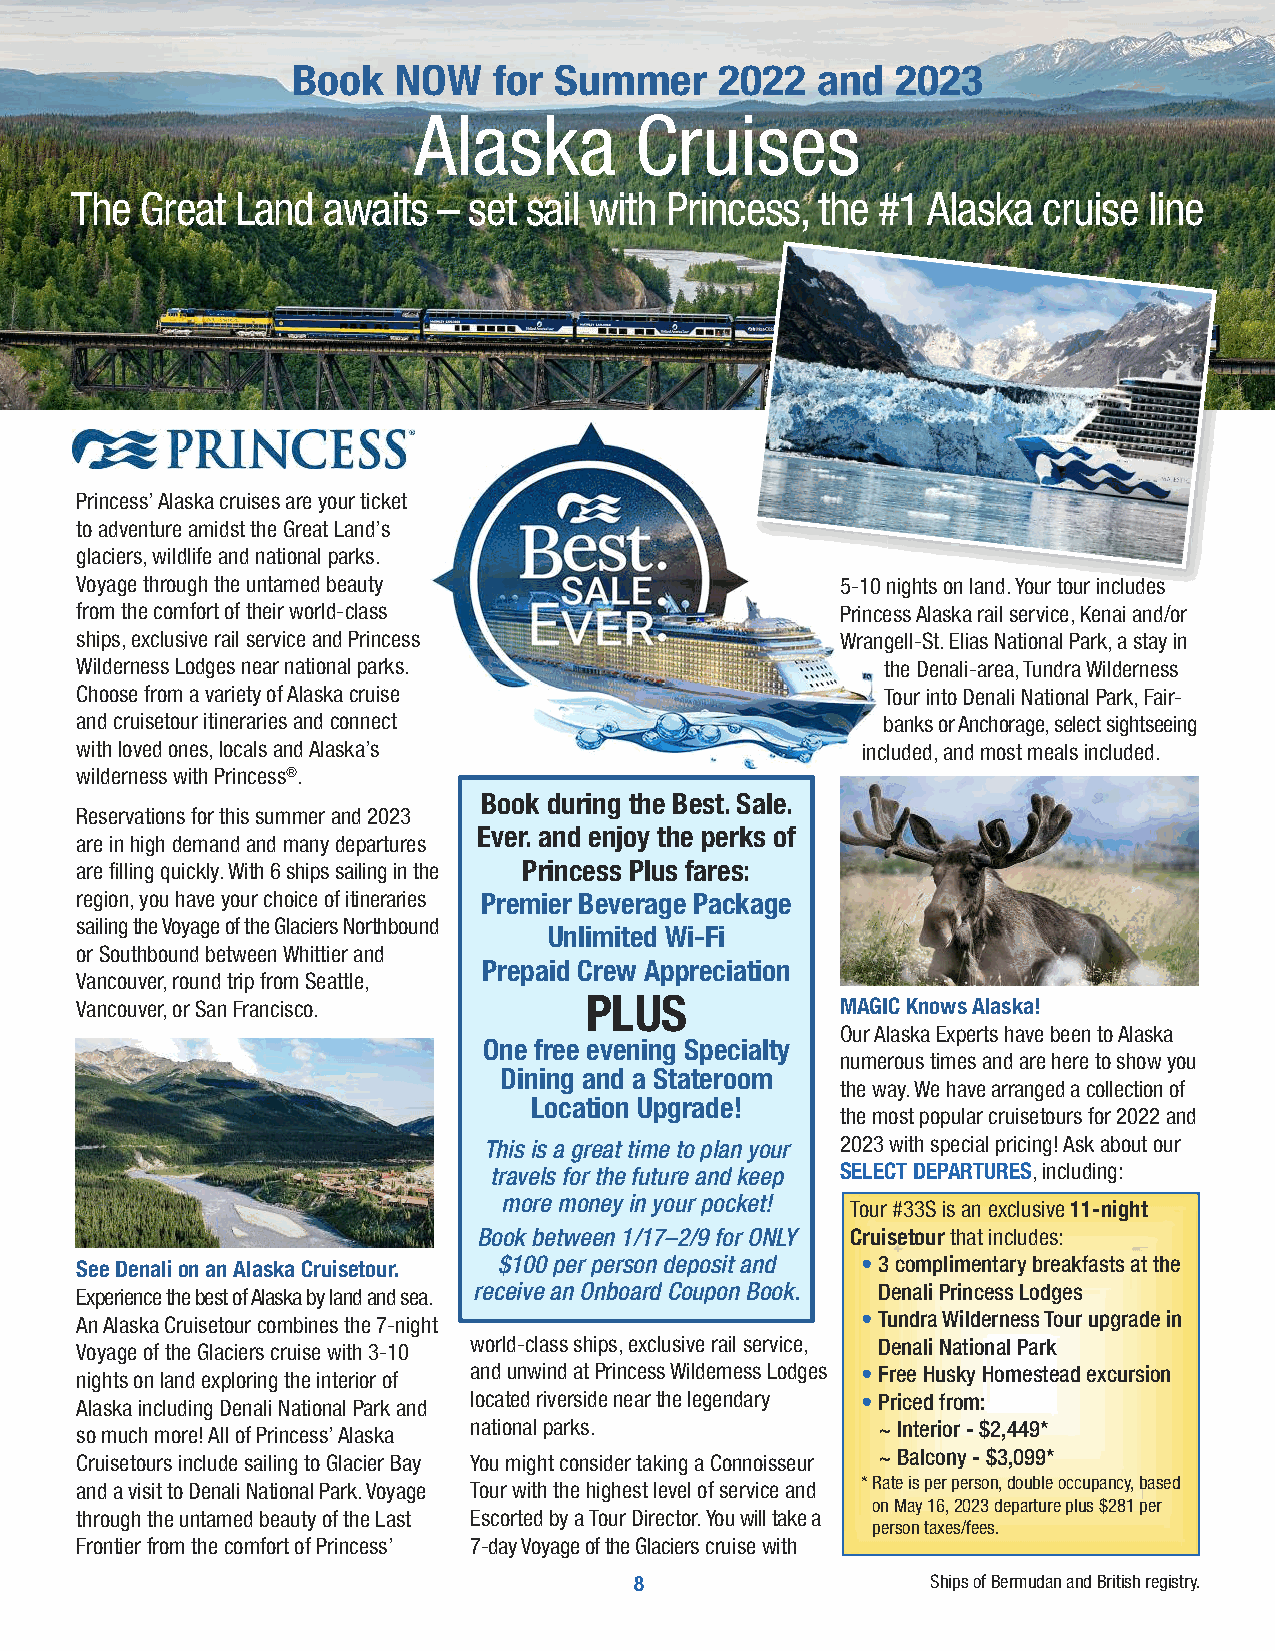
Book  NOW    for Summer     2022  and   2023
 Alaska        Cruises
 The Great  Land  awaits – set sail with Princess, the #1 Alaska cruise line
 Princess’ Alaska cruises are your ticket
 to adventure amidst the Great Land’s
 glaciers, wildlife and national parks.
 Voyage through the untamed beauty                  5-10 nights on land. Your tour includes
 from the comfort of their world-class              Princess Alaska rail service, Kenai and/or
 ships, exclusive rail service and Princess         Wrangell-St. Elias National Park, a stay in
 Wilderness Lodges near national parks.                the Denali-area, Tundra Wilderness
 Choose from a variety of Alaska cruise                Tour into Denali National Park, Fair-
 and cruisetour itineraries and connect                banks or Anchorage, select sightseeing
 with loved ones, locals and Alaska’s                included, and most meals included.
 wilderness with Princess®.
 Book during the Best. Sale.
 Reservations for this summer and 2023
 Ever. and enjoy the perks of
 are in high demand and many departures
 are filling quickly. With 6 ships sailing in the Princess Plus fares:
 region, you have your choice of itineraries Premier Beverage Package
 sailing the Voyage of the GlaciersNorthbound
 Unlimited Wi-Fi
 or Southbound between Whittier and
 Prepaid Crew Appreciation
 Vancouver, round trip from Seattle,
 Vancouver, or San Francisco.      PLUS             MAGIC Knows Alaska!
 Our Alaska Experts have been to Alaska
 One free evening Specialty
 numerous times and are here to show you
 Dining and a Stateroom
 the way. We have arranged a collection of
 Location Upgrade!
 the most popular cruisetours for 2022 and
 This is a great time to plan your 2023 with special pricing! Ask about our
 travels for the future and keep SELECT DEPARTURES, including:
 more money in your pocket!
 Tour #33S is an exclusive 11-night
 Book between 1/17–2/9 for ONLY Cruisetourthat includes:
 See Denali on an Alaska Cruisetour. $100 per person deposit and •3 complimentary breakfasts at the
 Experience the best of Alaska by land and sea. receive an Onboard Coupon Book. Denali Princess Lodges
 An Alaska Cruisetour combines the 7-night           •Tundra Wilderness Tour upgrade in
 Voyage of the Glaciers cruise with 3-10 world-class ships, exclusive rail service, Denali National Park
 nights on land exploring the interior of and unwind at Princess Wilderness Lodges •Free Husky Homestead excursion
 Alaska including Denali National Park and located riverside near the legendary •Priced from:
 so much more! All of Princess’ Alaska national parks. ~ Interior - $2,449*
 Cruisetours include sailing to Glacier Bay You might consider taking a Connoisseur ~ Balcony - $3,099*
 and a visit to Denali National Park. Voyage Tour with the highest level of service and * Rate is per person, double occupancy, based
 on May 16, 2023 departure plus $281 per
 through the untamed beauty of the Last Escorted by a Tour Director. You will take a
 person taxes/fees.
 Frontier from the comfort of Princess’ 7-day Voyage of the Glacierscruise with
 8                   Ships of Bermudan and British registry.